King Institute of Preventive Medicine Bacteriolog. Section reports 1907-08
Year: 1907
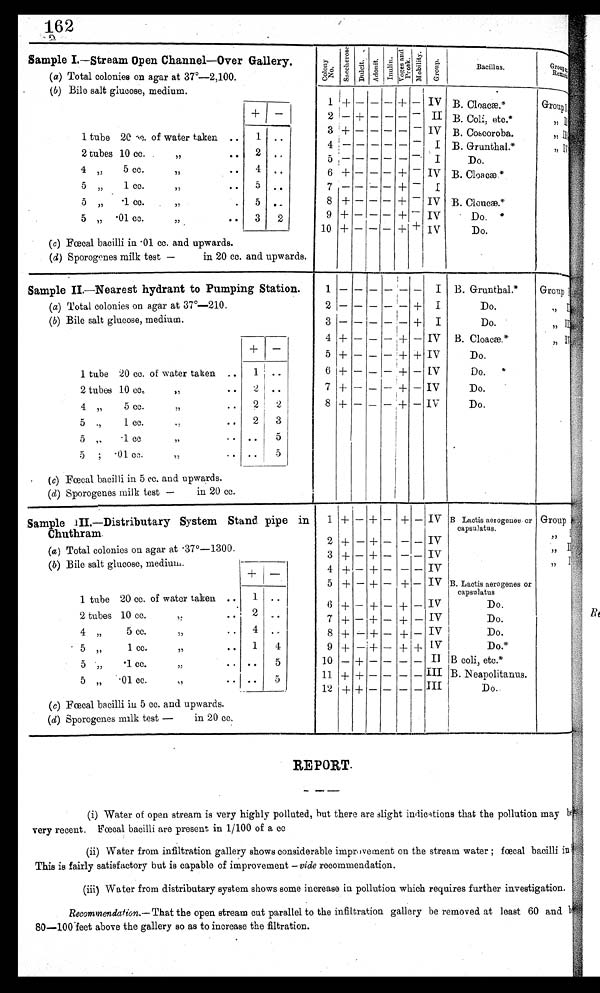
162
Sample I.-Stream Open Channel-Over
(a) Total colonies on agar at 3V-2,100.
(b) Bile salt glucose, medium.
G a l l e r y .
Col ony No.
Saccher ose
Duci t
Adoni t
Inulin
V o g e s a n d P r o s k . Mobility
Group
Bacillus.
Group
I
.
1 + - - - + -
IV
B. Cloacae.*
GroupI
2 -+-
_ -- II B. Coli,
etc.*
II
1 tube
20cc of water taken
1
3 + - - - -
IV B. Coscoroba.
,, II, II,
..
2 tubes bes 10 cc.
„
..
2
•
•• r
5
-
-
I
I
B. Grunthal.*
Do.
, ,
4
5 cc.
4
6 + - - - +
-
IV B. Cloacæ. *
5 „
1 cc.
7 5
. .
5 „
•1 cc.
5
5
7
8
- - -
+- -
-
-
+
+
-
-
I
IV B. Cloucæ.*
,
5 „ 01 cc.
,,
• •
3
2
9 + - - - +
-
IV
Do.*
(c) Fœcal bacilli in • 01 cc. and upwards.
(d) Sporogenes milk test -
in 20 cc.
10 + - - - + + I
Do.
A
and upwards.
Sample II.-Nearest hydrant to Pumping Station.
1
I B. Grunthal.*
Group I
(a) Total colonies on agar at 37°-210.
2
+ I
Do.
I
(b) Bile salt glucose, medium.
3 -
-
--
-
+ I
Do.
, ,
4
-
5 + -
-
-
- + - +
- + +
IV
IV
:*
B. Cloacae
Do.
,
+
-
1 tube 20 cc. of water taken -
1 • .
6 1+ - - - + - IV
Do.
*
2 tubes 10 cc.
4 „
5 cc.
,,
2
•
2
2
7 + -
8 + -
-
-
-
-
+
+
-
-
IV
IV
Do.
Do.
5 .,
1 cc.
2
3
5 „
-1 cc.
7,
• •
..
5
5 ; .01 cc.
(c) Fœcal bacilli in 5 cc. and upwards.
test
in 20 cc.
.
(d) Sporogenes milk
-
Sample .III.-Distributary System Stand pipe in 1
Chuthram.
2
+
-I-
-
-
+ -
+ -
-
-
-IV
IV B Lactis aerogenes or
capsulatus.
Group
(a) Total colonies on agar at ••37°-1300.
(b) Bile salt glucose, medium.
3
4
+ -
-
+ -
-+- _
-
-IV
IV
4-
-
1 tube 20 cc. of water taken ..
5
6
+
+
-
-
+ -
+ _
+ -
+ -
IV
IV
B. Lactis aerogenes or
capsulatus
Do.
'
1
..
2 tubes 10 cc.
,,
..
2 •
7 +
- + - + - IV
Do.
4 „
5 cc.
,,
..
4 ..
8 +
- + - + - IV
Do.
5
1 cc
• •
1
4
9 +
- + - + + IV
Do.*
5
,, .1cc
,,
.. ..
5
10
- -I- - - - - I I B coli, etc.*
5
,, . 01 cc. ,,
..
5
11 + + - - _ _ III
.
B Neapolitanus. p
„
(c) Fœcal bacilli in 5 cc. and upwards
(d) Sporogenes milk test -
in 20 cc.
........
-
-
12 + + - _ ___ _ III
Do.
REPORT.
(i) Water of open stream is very highly polluted, but there are slight indications that the pollution may be
very recent. Fœcal bacilli are present in 1/100 of a cc
(ii) Water from infiltration gallery shows considerable improvement on the stream water ; fœcal bacilli in
This is fairly satisfactory but is capable of improvement -vide recommendation.
(iii) Water from distributary system shows some increase in pollution which requires further investigation.
Recommendaeion.- That the open stream cut parallel to the infiltration gallery be removed at least 60 and
80--100 feet above the gallery so as to increase the filtration.